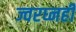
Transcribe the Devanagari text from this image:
ज्वरघ्नही